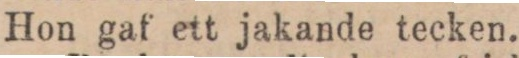
Hon gaf ett jakande tecken.